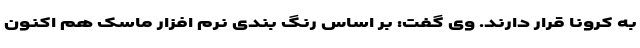
به کرونا قرار دارند. وی گفت: بر اساس رنگ بندی نرم افزار ماسک هم اکنون